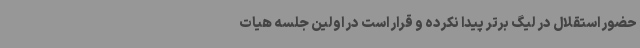
حضور استقلال در لیگ برتر پیدا نکرده و قرار است در اولین جلسه هیات